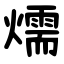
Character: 燸